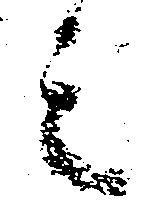
之